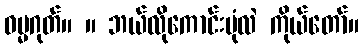
ဓမ္မဂုတ်။ ။ ဘယ်လိုကောင်းပုံလဲ ကိုယ်တော်။